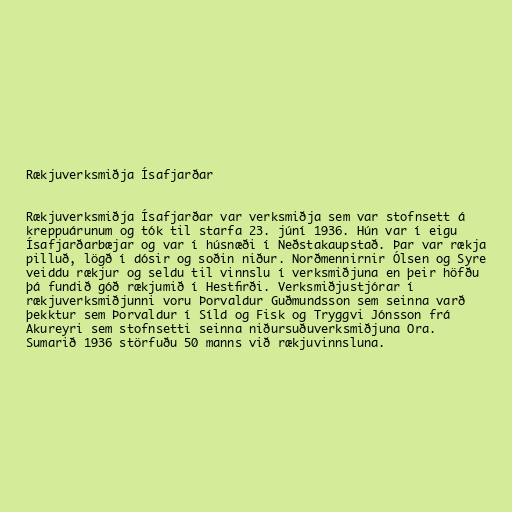
Rækjuverksmiðja Ísafjarðar

Rækjuverksmiðja Ísafjarðar var verksmiðja sem var stofnsett á
kreppuárunum og tók til starfa 23. júní 1936. Hún var í eigu
Ísafjarðarbæjar og var í húsnæði í Neðstakaupstað. Þar var rækja
pilluð, lögð í dósir og soðin niður. Norðmennirnir Ólsen og Syre
veiddu rækjur og seldu til vinnslu í verksmiðjuna en þeir höfðu
þá fundið góð rækjumið í Hestfirði. Verksmiðjustjórar í
rækjuverksmiðjunni voru Þorvaldur Guðmundsson sem seinna varð
þekktur sem Þorvaldur í Síld og Fisk og Tryggvi Jónsson frá
Akureyri sem stofnsetti seinna niðursuðuverksmiðjuna Ora.
Sumarið 1936 störfuðu 50 manns við rækjuvinnsluna.